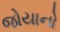
જોયાનો